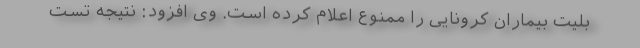
بلیت بیماران کرونایی را ممنوع اعلام کرده است. وی افزود: نتیجه تست